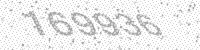
Solution: 169936